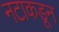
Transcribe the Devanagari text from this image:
नटाकडून